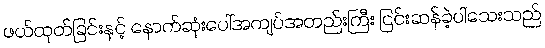
ဖယ်ထုတ်ခြင်းနှင့် နောက်ဆုံးပေါ်အကျပ်အတည်းကြီး ငြင်းဆန်ခဲ့ပါသေးသည်